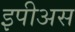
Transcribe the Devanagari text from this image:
इपीअस